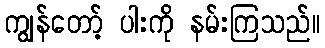
ကျွန်တော့် ပါးကို နမ်းကြသည်။